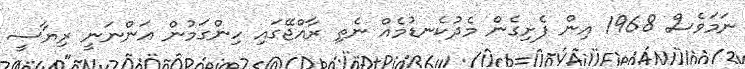
ނަމަވެސް 1968 އިން ފެށިގެން މެދުކެނޑުމެއް ނެތި ރާއްޖޭގައި ހިންގަމުން އަންނަނީ ރިޔާސީ